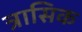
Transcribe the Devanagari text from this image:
त्रासिक